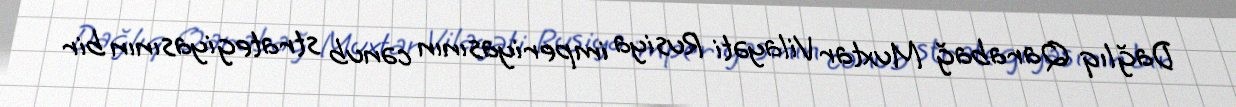
Dağlıq Qarabağ Muxtar Vilayəti Rusiya imperiyasının cənub strategiyasının bir